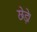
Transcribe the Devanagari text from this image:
छेड़े।